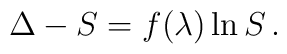
\Delta-S = f(\lambda) \ln S\,.